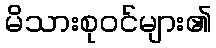
မိသားစုဝင်များ၏